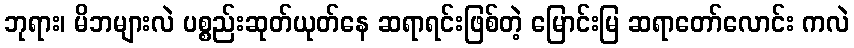
ဘုရား၊ မိဘများလဲ ပစ္စည်းဆုတ်ယုတ်နေ ဆရာရင်းဖြစ်တဲ့ မြောင်းမြ ဆရာတော်လောင်း ကလဲ